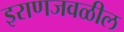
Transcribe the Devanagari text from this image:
इराणजवळील